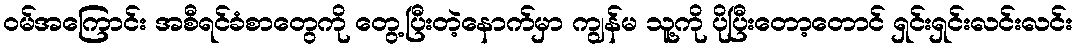
ဝမ်အကြောင်း အစီရင်ခံစာတွေကို တွေ့ပြီးတဲ့နောက်မှာ ကျွန်မ သူ့ကို ပိုပြီးတော့တောင် ရှင်းရှင်းလင်းလင်း